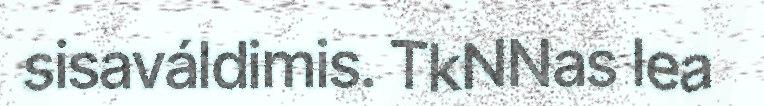
sisaváldimis. TkNNas lea